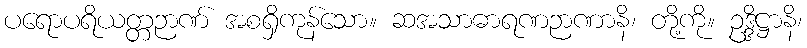
ပရောပရိယတ္တဉာဏ် အစရှိကုန်သော။ ဆအသာဓာရဏဉာဏာနိ၊ တို့ကို။ ဥဒ္ဒိဋ္ဌာနိ၊